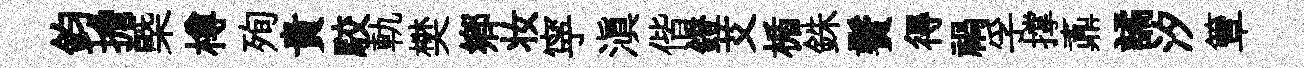
鈞擔槩樽殉貴駮軌樊郷妆寜滇偕鐙艾楯銖鬢得禍孚撑鼒譎汐簟